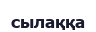
сылаққа